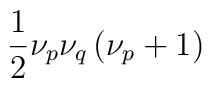
\frac{1}{2}\nu _{p}\nu _{q}\left( \nu _{p}+1\right)